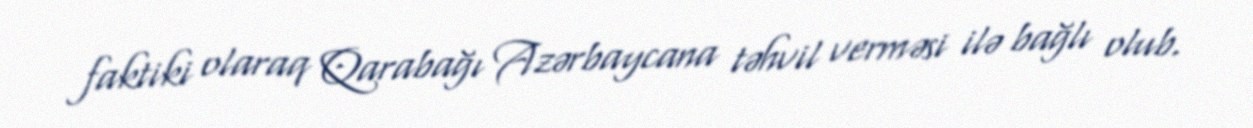
faktiki olaraq Qarabağı Azərbaycana təhvil verməsi ilə bağlı olub.